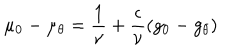
\mu _ { 0 } - \mu _ { \theta } = \frac { 1 } { \nu } + \frac { \epsilon } { \nu } ( g _ { 0 } - g _ { \theta } )